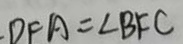
D F A = \angle B F C